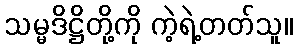
သမ္မဒိဋ္ဌိတို့ကို ကဲ့ရဲ့တတ်သူ။